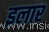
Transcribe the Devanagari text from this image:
इलार